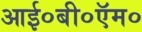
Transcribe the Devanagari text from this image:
आई०बी०ऍम०